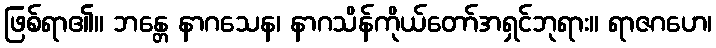
ဖြစ်ရာ၏။ ဘန္တေ နာဂသေန၊ နာဂသိန်ကိုယ်တော်အရှင်ဘုရား။ ရာဇဂဟေ၊